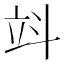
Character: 䇆